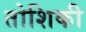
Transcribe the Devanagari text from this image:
तोशिकी